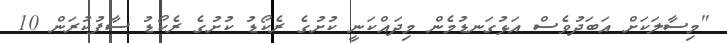
"މިސާލަކަށް އަބަދުވެސް އަޅުގަނޑުމެން މިދައްކަނީ ކުށުގެ ރެކޯޑު ކުށުގެ ރެކޯޑު ސާފުކުރަން 10